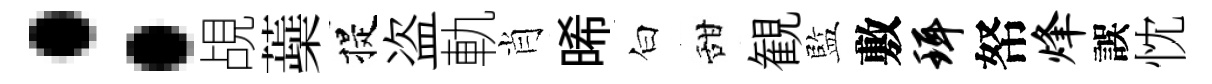
：覘蘃提盗軌肖晞白甜観監敷珥帑烽誤忱